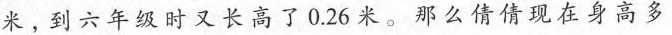
米。到六年级时又长高了0.26米。那么倩倩现在身高多